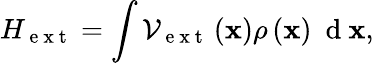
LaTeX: H_{\mathrm{~e~x~t~}}=\int{\mathcal{V}_{\mathrm{~e~x~t~}}\left({\mathbf x}\right)\rho\left({\mathbf x}\right)\ \mathrm{~d~}{\mathbf x}},